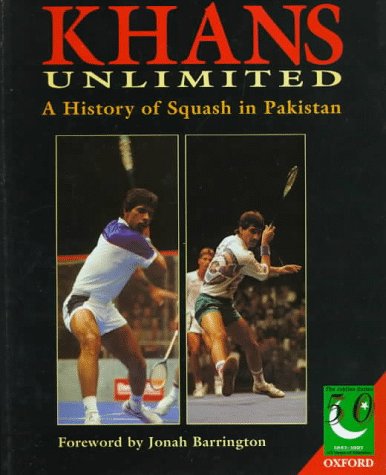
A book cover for Khans Unlimited: 50 Years of Squash in Pakistan (Jubilee Series); Dicky Rutnagur; Sports & Outdoors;